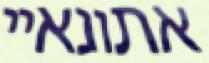
אתונאיי